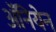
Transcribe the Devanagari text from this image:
अॅनियेन